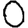
Digit: 0